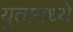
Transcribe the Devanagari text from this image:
युतामध्ये